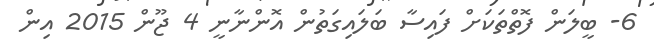
6- ބީލަން ފޮތްތަކަށް ފައިސާ ބަލައިގަތުން އޮންނާނީ 4 ޖޫން 2015 އިން